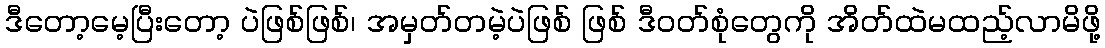
ဒီတော့မေ့ပြီးတော့ ပဲဖြစ်ဖြစ်၊ အမှတ်တမဲ့ပဲဖြစ် ဖြစ် ဒီဝတ်စုံတွေကို အိတ်ထဲမထည့်လာမိဖို့